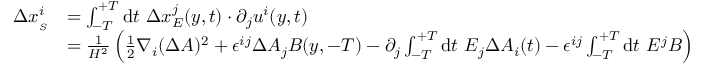
\begin{array} { r l } { \Delta x _ { _ { S } } ^ { i } } & { = \int _ { - T } ^ { + T } \ensuremath { \operatorname { d } \! t \ \Delta x ^ { j } } _ { { E } } ( y , t ) \cdot \partial _ { j } u ^ { i } ( y , t ) } \\ & { = \frac { 1 } { H ^ { 2 } } \left( \frac { 1 } { 2 } \nabla _ { i } ( \Delta A ) ^ { 2 } + \epsilon ^ { i j } \Delta A _ { j } B ( y , - T ) - \partial _ { j } \int _ { - T } ^ { + T } \ensuremath { \operatorname { d } \! t \ E _ { j } \Delta A _ { i } } ( t ) - { \epsilon ^ { i j } } \int _ { - T } ^ { + T } \ensuremath { \operatorname { d } \! t \ E ^ { j } } B \right) } \end{array}